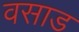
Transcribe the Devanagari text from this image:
वसाड